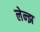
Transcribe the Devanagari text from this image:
लेन्झ